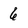
Character: 6